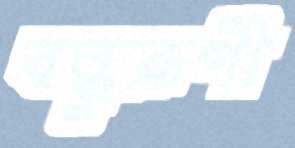
বন্ধুরূপী